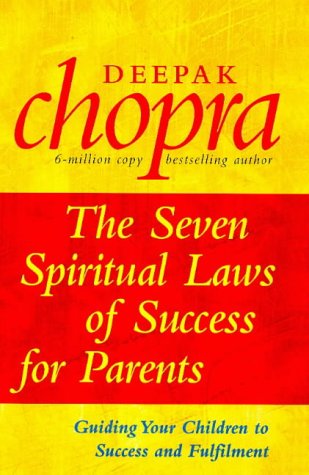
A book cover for The Seven Spiritual Laws of Success for Parents; Deepak Chopra; Parenting & Relationships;